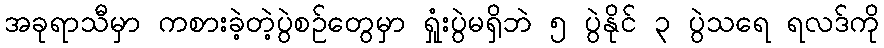
အခုရာသီမှာ ကစားခဲ့တဲ့ပွဲစဉ်တွေမှာ ရှုံးပွဲမရှိဘဲ ၅ ပွဲနိုင် ၃ ပွဲသရေ ရလဒ်ကို